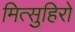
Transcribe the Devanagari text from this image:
मित्सुहिरो